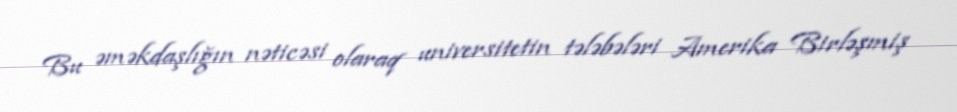
Bu əməkdaşlığın nəticəsi olaraq universitetin tələbələri Amerika Birləşmiş